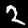
Label: 2